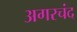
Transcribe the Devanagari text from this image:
अगरचंद